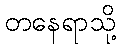
တနေရာသို့